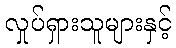
လှုပ်ရှားသူများနှင့်